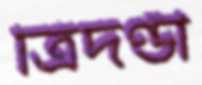
ত্রিদণ্ডী